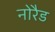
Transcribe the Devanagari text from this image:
नोरैड